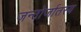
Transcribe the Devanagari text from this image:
जन्तोर्जातस्य